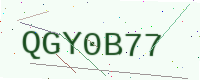
Text: QGY0B77